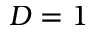
D = 1